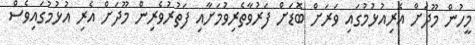
މީހުން މޫދަށް އެރިއުޅުމުގައި ވަރަށް ބޮޑަށް ފަރުވާތެރިވުމަށާއި ފަތުރުވެރިން މޫދަށް އެރި އުޅުމުގައިވެސް